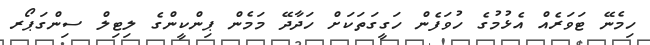
ހިމެނޭ ޓަވަރެއް އެޅުމުގެ ހުވަފެން ހަގީގަތަކަށް ހަދާދޭ މަމެން ޕިންކީންގެ ލިޓިލް ސިންގަޕޯރ